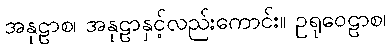
အနုဠာစ၊ အနုဠာနှင့်လည်းကောင်း။ ဥရုဝေဠာစ၊